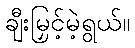
ချီးမြှင့်မဲ့ရွယ်။